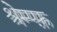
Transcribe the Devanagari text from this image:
श्रेम्प्फ़